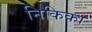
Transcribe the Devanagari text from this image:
निकिका